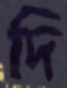
দি